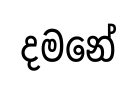
දමනේ